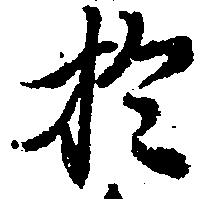
於